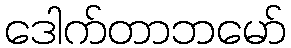
ဒေါက်တာဘမော်